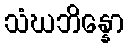
သံဃဘိန္နော